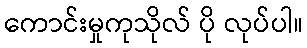
ကောင်းမှုကုသိုလ် ပို လုပ်ပါ။